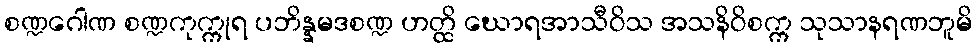
စဏ္ဍဂေါဏ စဏ္ဍကုက္ကုရ ပဘိန္နမဒစဏ္ဍ ဟတ္ထိ ဃောရအာသီဝိသ အသနိဝိစက္က သုသာနရဏဘူမိ